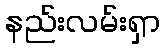
နည်းလမ်းရှာ